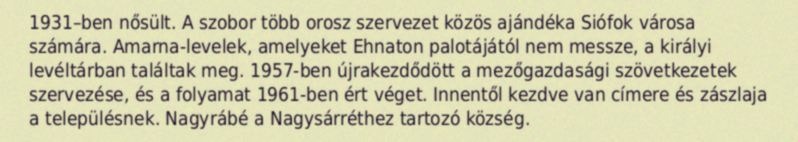
1931–ben nősült. A szobor több orosz szervezet közös ajándéka Siófok városa számára. Amarna-levelek, amelyeket Ehnaton palotájától nem messze, a királyi levéltárban találtak meg. 1957-ben újrakezdődött a mezőgazdasági szövetkezetek szervezése, és a folyamat 1961-ben ért véget. Innentől kezdve van címere és zászlaja a településnek. Nagyrábé a Nagysárréthez tartozó község.